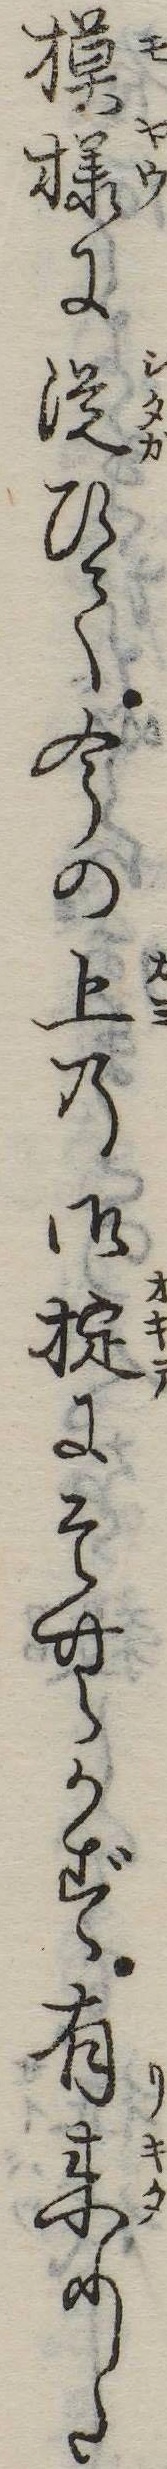
模様に従ひて今の上の御掟にそむかず有来りた